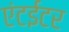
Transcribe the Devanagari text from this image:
एंटईटर